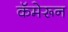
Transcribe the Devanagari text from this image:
कॅमेरून